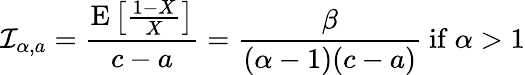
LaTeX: {\mathcal{I}}_{\alpha,a}={\frac{\operatorname{E}\left[{\frac{1-X}{X}}\right]}{c-a}}={\frac{\beta}{(\alpha-1)(c-a)}}{\mathrm{~if~}}\alpha>1